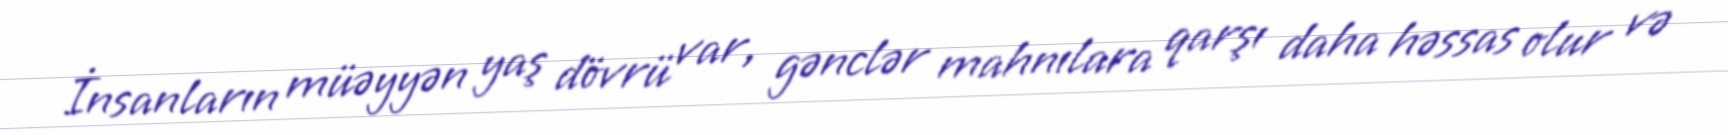
İnsanların müəyyən yaş dövrü var, gənclər mahnılara qarşı daha həssas olur və